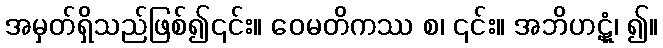
အမှတ်ရှိသည်ဖြစ်၍၎င်း။ ဝေမတိကဿ စ၊ ၎င်း။ အဘိဟဋုံ၊ ၍။